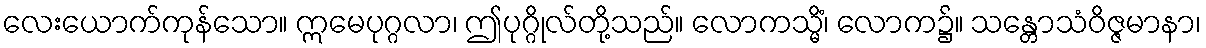
လေးယောက်ကုန်သော။ ဣမေပုဂ္ဂလာ၊ ဤပုဂ္ဂိုလ်တို့သည်။ လောကသ္မိံ၊ လောက၌။ သန္တောသံဝိဇ္ဇမာနာ၊